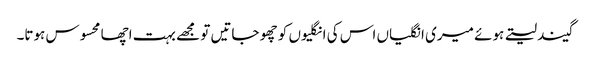
گیند لیتے ہوئے میری انگلیاں اس کی انگلیوں کو چھو جاتیں تو مجھے بہت اچھا محسوس ہوتا۔